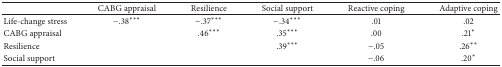
<table><thead><tr><td><b> </b></td><td><b>CABG appraisal</b></td><td><b>Resilience</b></td><td><b>Social support</b></td><td><b>Reactive coping</b></td><td><b>Adaptive coping</b></td></tr></thead><tbody><tr><td>Life-change stress</td><td>−.38***</td><td>−.37***</td><td>−.34***</td><td>.01</td><td> .02</td></tr><tr><td>CABG appraisal</td><td> </td><td>.46***</td><td>.35***</td><td>.00</td><td>.21*</td></tr><tr><td>Resilience</td><td> </td><td> </td><td>.39***</td><td>−.05</td><td>.26**</td></tr><tr><td>Social support</td><td> </td><td> </td><td> </td><td>−.06</td><td> .20*</td></tr></tbody></table>